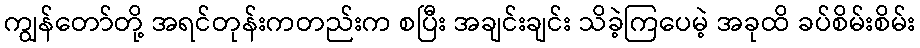
ကျွန်တော်တို့ အရင်တုန်းကတည်းက စပြီး အချင်းချင်း သိခဲ့ကြပေမဲ့ အခုထိ ခပ်စိမ်းစိမ်း